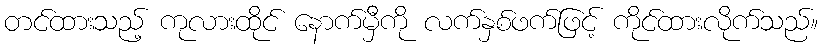
တင်ထားသည့် ကုလားထိုင် နောက်မှီကို လက်နှစ်ဖက်ဖြင့် ကိုင်ထားလိုက်သည်။